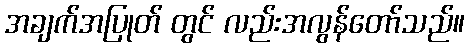
အချက်အပြုတ် တွင် လည်းအလွန်တော်သည်။